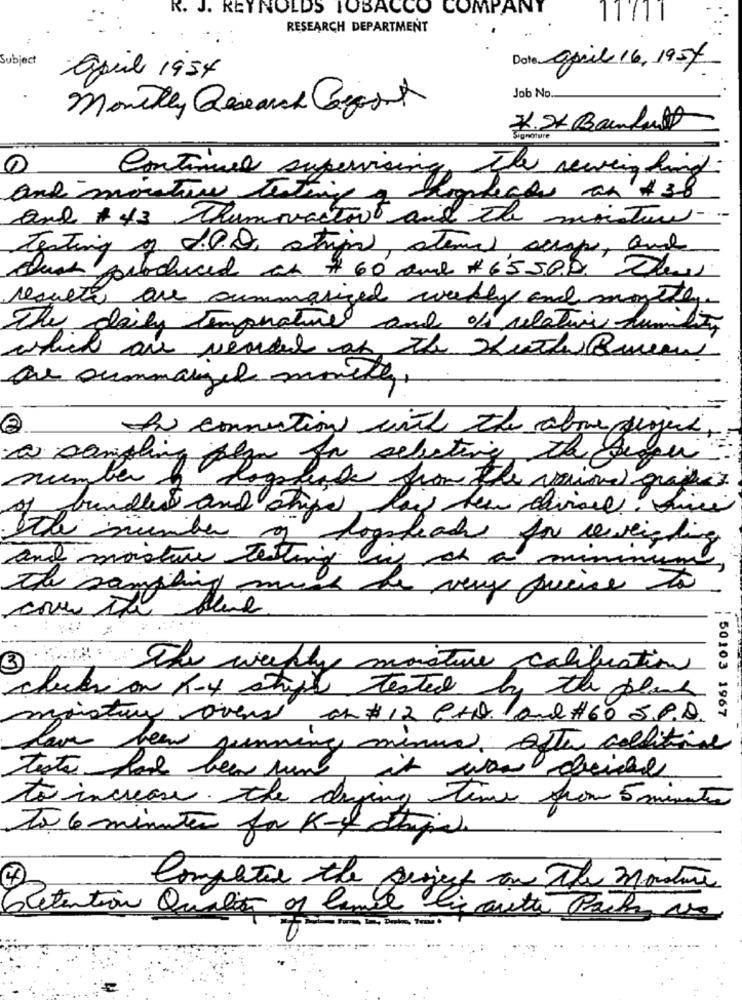
R. J. REYNOLDS TOBACCO COMPANY
RESEARCH DEPARTMENT
Subject
Dote april 16, 1957
april 1954
Job No.
Monthly Research Cagast
7.24 Bankult
Continued supervising The newengland
and monsters testing , hogydeals an # 38
and + 43 Thumowastort and the moisture
testing of I.P.Q, strips atemel susp, and
Bush produced as #60 ame #6'5500. Dens
results are summarized weekly and maythey
The daily temperature and of relative humidity
which are vended of the Hutles Baren
Que summaryel monte,
In connection with the above project,
a sampling plan for selecting the seger
number b
Pagefile from the vine grappes
bundled and chips, fai tem chiare. five
Ich number of logsteach for reweighing
and moisture testing in sf a minimum,
the sampling much the very queice to
3
The weekly
moisture calibration
clusion K-4 stripe tested by the plank
maistry overs an #12 CAD. 1and #60 S.P.D.
50103 1967
have been penning minus. After collitione
testa fare been jun
it was drie
to increase The drying Time from 5 minutes
To 6 minutes for K-y atripde
4
Compatie the sunjest on The Mostune
Retention Qualia os lamel lis